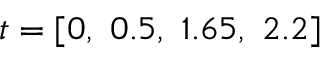
t = [ 0 , \ 0 . 5 , \ 1 . 6 5 , \ 2 . 2 ]